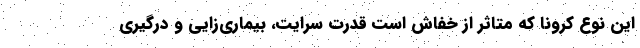
این نوع کرونا که متاثر از خفاش است قدرت سرایت، بیماری‌زایی و درگیری